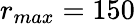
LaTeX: r_{max}=150